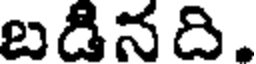
బడినది,